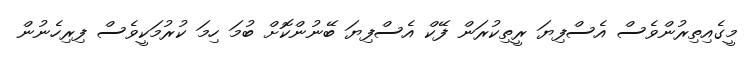
މީގެއިތިރުންވެސް އެސްފިޔަ ރީތިކުރަން ފޭކް އެސްފިޔަ ބޭނުންކޮށް ބުމަ ހިމަ ކުރުމަކީވެސް ފިރިހެނުން